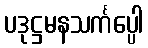
ပဒုဋ္ဌမနသင်္ကပ္ပေါ